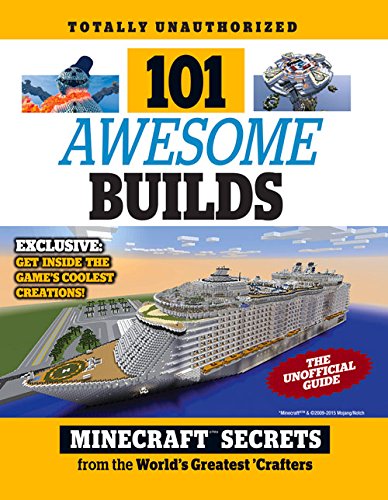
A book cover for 101 Awesome Builds: MinecraftÂ®EE¢ Secrets from the World's Greatest Crafters; Triumph Books; Humor & Entertainment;